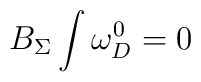
B_\Sigma \int \omega _D^0=0\;